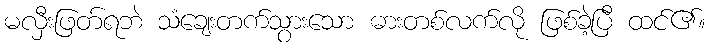
မလှီးဖြတ်ရဘဲ သံချေးတက်သွားသော ဓားတစ်လက်လို ဖြစ်ခဲ့ပြီ ထင်၏။